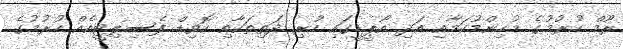
ރޫމް ހުރުމުގެ މުހިންމުކަމާއި އަދި އޯޕީޑީގައި ހުރި ދަތިތަކާއި ކޮވިޑް ފެސިލިޓީއެއް ހުރުމުގެ